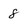
Character: 8